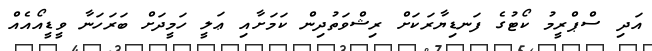
އަދި ސްޕްރީމު ކޯޓުގެ ފަނޑިޔާރަކަށް ރިޝްވަތުދިން ކަމަށާއި ޢަލީ ހަމީދަށް ބަރަހަނާ ވީޑީއޯއެއް